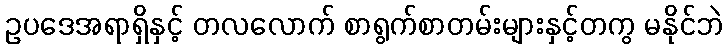
ဥပဒေအရာရှိနှင့် တလလောက် စာရွက်စာတမ်းများနှင့်တကွ မနိုင်ဘဲ